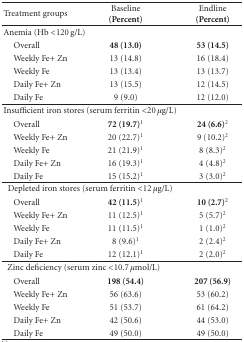
<table><thead><tr><td><b>Treatment groups</b></td><td><b>Baseline (Percent)</b></td><td><b>Endline (Percent)</b></td></tr></thead><tbody><tr><td>Anemia (Hb &lt;120 g/L)</td><td></td><td></td></tr><tr><td> Overall</td><td><b>48 (13.0)</b></td><td><b>53 (14.5)</b></td></tr><tr><td> Weekly Fe+ Zn</td><td>13 (14.8)</td><td>16 (18.4)</td></tr><tr><td> Weekly Fe</td><td>13 (13.4)</td><td>13 (13.7)</td></tr><tr><td> Daily Fe+ Zn</td><td>13 (15.5)</td><td>12 (14.5)</td></tr><tr><td> Daily Fe</td><td>9 (9.0)</td><td>12 (12.0)</td></tr><tr><td colspan="2">Insufficient iron stores (serum ferritin &lt;20 <i>μ</i>g/L)</td><td></td></tr><tr><td> Overall</td><td><b>72 (19.7)<sup>1</sup></b></td><td><b>24 (6.6)<sup>2</sup></b></td></tr><tr><td> Weekly Fe+ Zn</td><td>20 (22.7)<sup>1</sup></td><td>9 (10.2)<sup>2</sup></td></tr><tr><td> Weekly Fe</td><td>21 (21.9)<sup>1</sup></td><td>8 (8.3)<sup>2</sup></td></tr><tr><td> Daily Fe+ Zn</td><td>16 (19.3)<sup>1</sup></td><td>4 (4.8)<sup>2</sup></td></tr><tr><td> Daily Fe</td><td>15 (15.2)<sup>1</sup></td><td>3 (3.0)<sup>2</sup></td></tr><tr><td colspan="2">Depleted iron stores (serum ferritin &lt;12 <i>μ</i>g/L)</td><td></td></tr><tr><td> Overall</td><td><b>42 (11.5)</b><sup>1</sup></td><td><b>10 (2.7)<sup>2</sup></b></td></tr><tr><td> Weekly Fe+ Zn</td><td>11 (12.5)<sup>1</sup></td><td>5 (5.7)<sup>2</sup></td></tr><tr><td> Weekly Fe</td><td>11 (11.5)<sup>1</sup></td><td>1 (1.0)<sup>2</sup></td></tr><tr><td> Daily Fe+ Zn</td><td>8 (9.6)<sup>1</sup></td><td>2 (2.4)<sup>2</sup></td></tr><tr><td> Daily Fe</td><td>12 (12.1)<sup>1</sup></td><td>2 (2.0)<sup>2</sup></td></tr><tr><td colspan="2">Zinc deficiency (serum zinc &lt;10.7 <i>μ</i>mol/L)</td><td></td></tr><tr><td> Overall</td><td><b>198 (54.4)</b></td><td><b>207 (56.9)</b></td></tr><tr><td> Weekly Fe+ Zn</td><td>56 (63.6)</td><td>53 (60.2)</td></tr><tr><td> Weekly Fe</td><td>51 (53.7)</td><td>61 (64.2)</td></tr><tr><td> Daily Fe+ Zn</td><td>42 (50.6)</td><td>44 (53.0)</td></tr><tr><td> Daily Fe</td><td>49 (50.0)</td><td>49 (50.0)</td></tr></tbody></table>